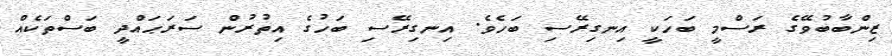
ޒިންބާބުވޭގެ ރަސްމީ ބަހަކީ އިނގިރޭސި ބަހެވެ. އިނގިރޭސި ބަހުގެ އިތުރުން ސަރަޙައްދީ ބަސްތަކެއް